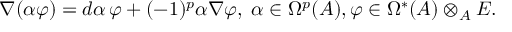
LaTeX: \nabla ( \alpha \varphi ) = d \alpha \, \varphi + ( - 1 ) ^ { p } \alpha \nabla \varphi , \; \alpha \in \Omega ^ { p } ( A ) , \varphi \in \Omega ^ { * } ( A ) \otimes _ { A } E .